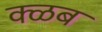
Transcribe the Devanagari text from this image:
क्ळब